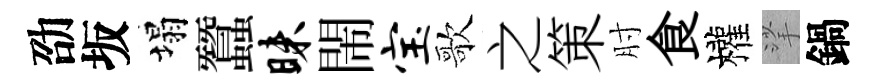
劭坂塌蠶昧閙宝歌之策肘食權挲鍋